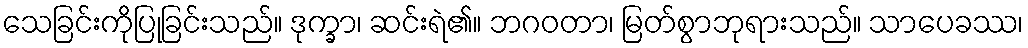
သေခြင်းကိုပြုခြင်းသည်။ ဒုက္ခာ၊ ဆင်းရဲ၏။ ဘဂဝတာ၊ မြတ်စွာဘုရားသည်။ သာပေခဿ၊